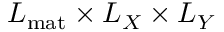
L _ { \mathrm { m a t } } \times L _ { X } \times L _ { Y }